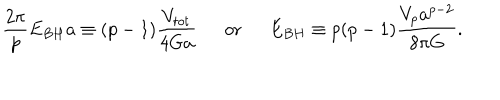
LaTeX: { \frac { 2 \pi } { p } } E _ { B H } a \equiv ( p - 1 ) { \frac { V _ { t o t } } { 4 G a } } \ \ \mathrm { o r } \ \ E _ { B H } \equiv p ( p - 1 ) { \frac { V _ { p } a ^ { p - 2 } } { 8 \pi G } } .